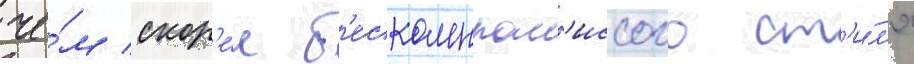
че́м скор'е́е б'ескомпром'иссого ст'и́л'я